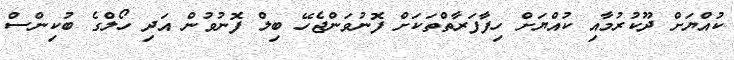
ކުއްޔަށް ދޫކުރުމާއި ކުއްޔަށް ހިފާފަރާތްތަކަށް ފޮނުވަންޖެހޭ ބިލް ފޮނުވުން އަދި ހޯލްގެ ބުކިންސް